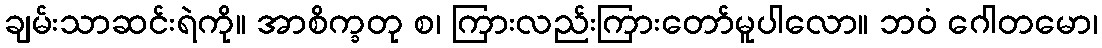
ချမ်းသာဆင်းရဲကို။ အာစိက္ခတု စ၊ ကြားလည်းကြားတော်မူပါလော။ ဘဝံ ဂေါတမော၊